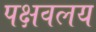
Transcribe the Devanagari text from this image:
पक्षवलय